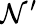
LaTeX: \mathcal{N}^{\prime}